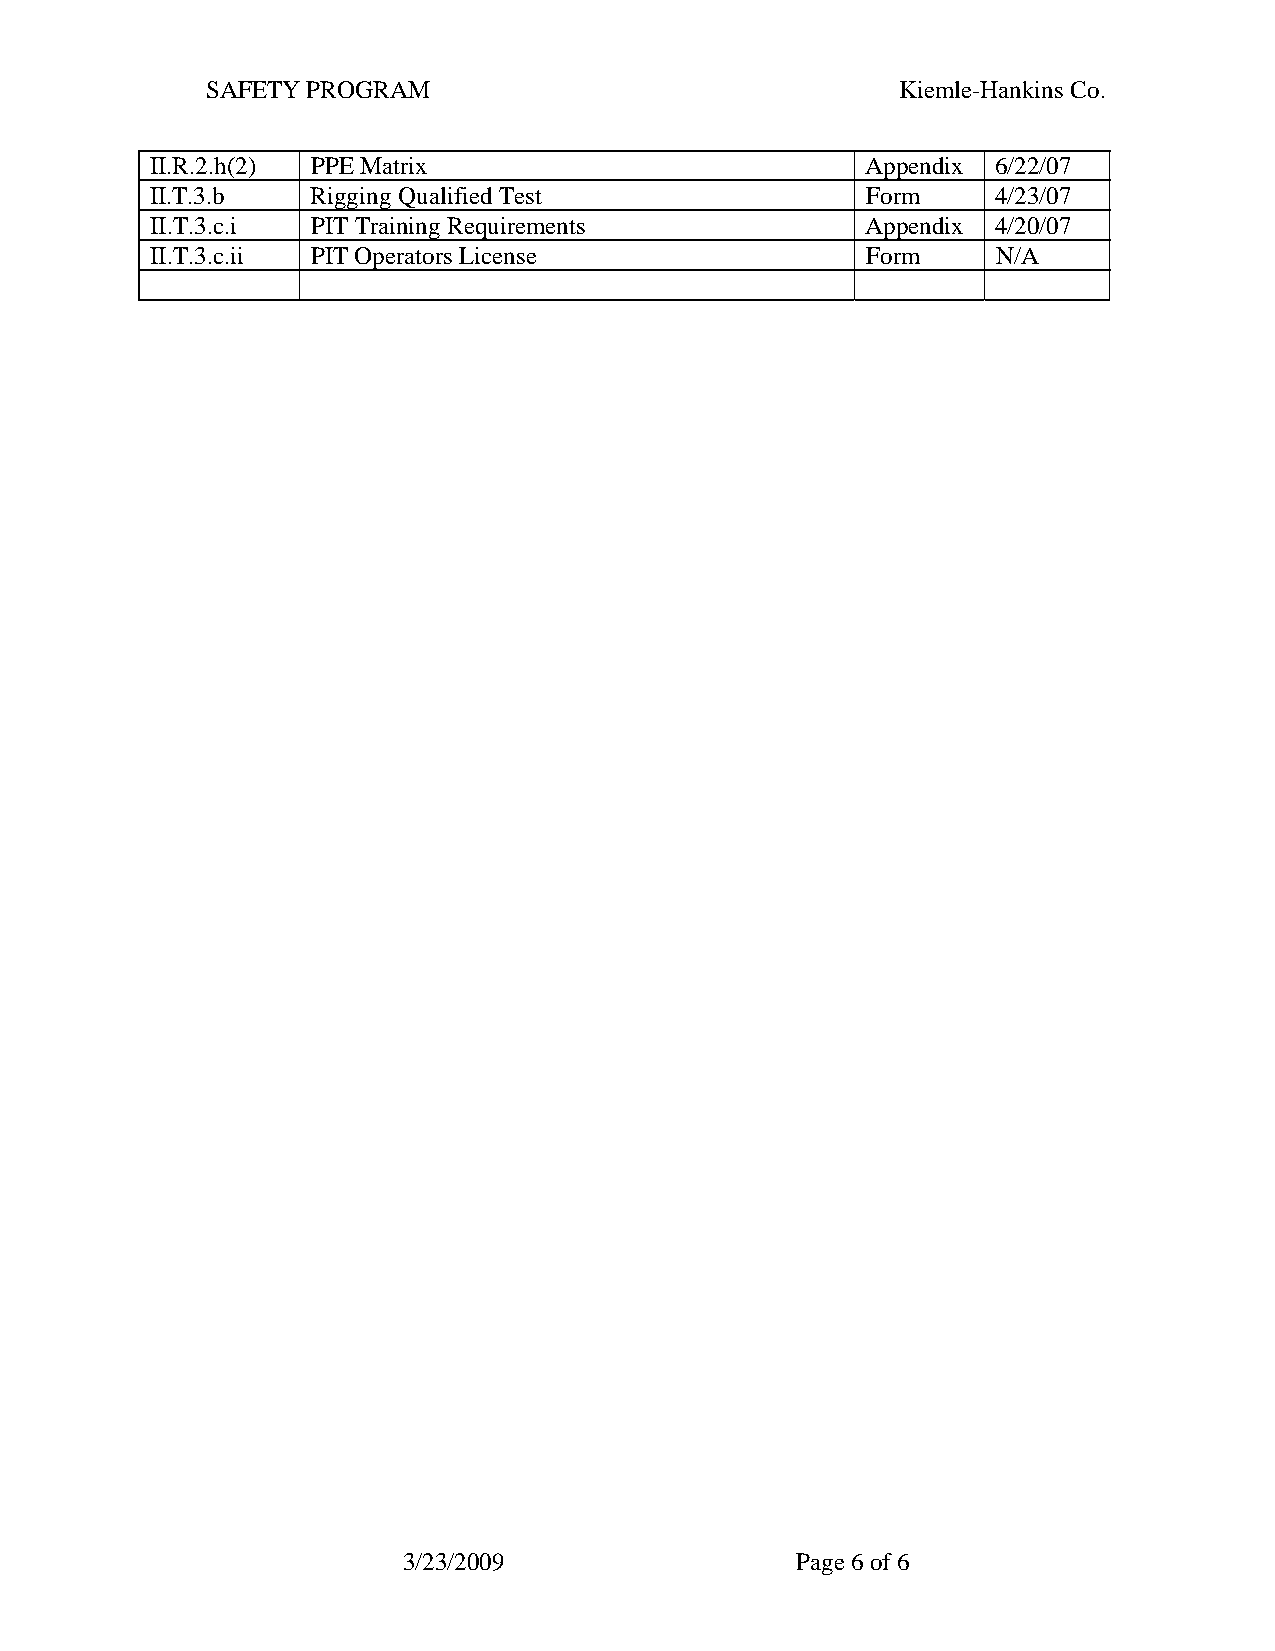
SAFETY PROGRAM                                Kiemle-Hankins Co.
 II.R.2.h(2) PPE Matrix                         Appendix 6/22/07
 II.T.3.b   Rigging Qualified Test              Form     4/23/07
 II.T.3.c.i PIT Training Requirements           Appendix 4/20/07
 II.T.3.c.ii PIT Operators License              Form     N/A
 3/23/2009                 Page 6 of 6